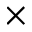
\times